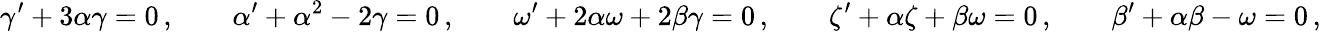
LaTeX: \gamma^{\prime}+3\alpha\gamma=0\, ,\qquad\alpha^{\prime}+\alpha^{2}-2\gamma=0\, ,\qquad\omega^{\prime}+2\alpha\omega+2\beta\gamma=0\, ,\qquad\zeta^{\prime}+\alpha\zeta+\beta\omega=0\, ,\qquad\beta^{\prime}+\alpha\beta-\omega=0\, ,